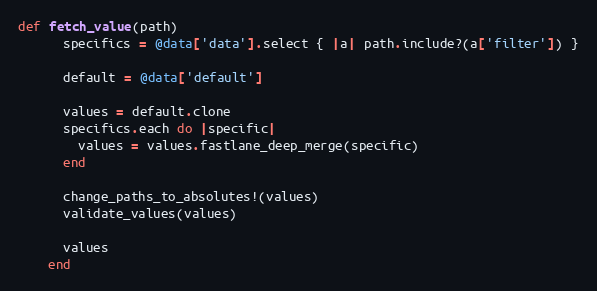
Language: Ruby
def fetch_value(path)
      specifics = @data['data'].select { |a| path.include?(a['filter']) }

      default = @data['default']

      values = default.clone
      specifics.each do |specific|
        values = values.fastlane_deep_merge(specific)
      end

      change_paths_to_absolutes!(values)
      validate_values(values)

      values
    end